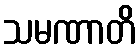
သမဏာတိ